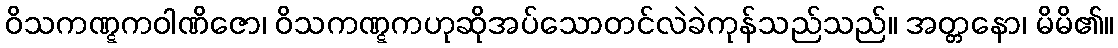
ဝိသကဏ္ဋကဝါဏိဇော၊ ဝိသကဏ္ဋကဟုဆိုအပ်သောတင်လဲခဲကုန်သည်သည်။ အတ္တနော၊ မိမိ၏။